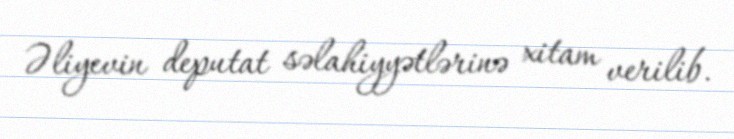
Əliyevin deputat səlahiyyətlərinə xitam verilib.